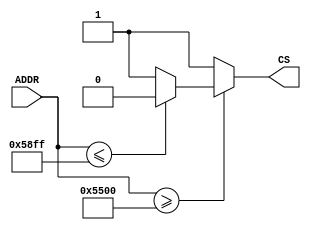
module ADDRDecoding
(
	input [31:0] ADDR,
	output reg CS
);
	reg [31:0] inf, sub;
	
	//5500h a 58FFh
	always @ (*)
	begin
		inf = 32'h5500;
		sub = 32'h58FF;
		if(ADDR[31:0] >= inf) 
			begin
				if(ADDR[31:0] <= sub) CS = 0; //Intervalo do Grupo
				else CS = 1; //Outros chips
			end
		else CS = 1;	
	end 
	
endmodule